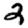
Digit: 2